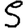
Digit: 5